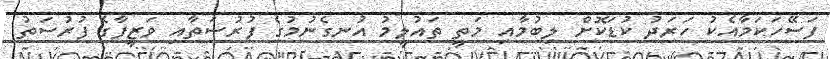
ފަސޭހަކަމާއެކު ހަރަދު ކުޑަކޮށް ލިބުމާއި މަތީ ތައުލީމު އުނގެނުމުގެ ފުރުސަތާއި ވަޒީފާގެ ފުރުސަތު